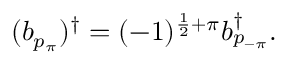
( b _ { p _ { \pi } } ) ^ { \dagger } = ( - 1 ) ^ { \frac { 1 } { 2 } + \pi } b _ { p _ { - \pi } } ^ { \dagger } .